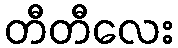
တီတီလေး